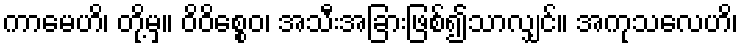
ကာမေဟိ၊ တို့မှ။ ဝိဝိစ္စေဝ၊ အသီးအခြားဖြစ်၍သာလျှင်။ အကုသလေဟိ၊